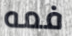
فمه